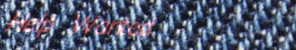
Help Wanted